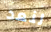
لنعد